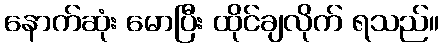
နောက်ဆုံး မောပြီး ထိုင်ချလိုက် ရသည်။